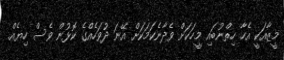
މީޒާއަކީ އެހާ ހިތްނުބައި މީހަކަށް ވެދާނެކަމަކަށް އޭނަ ދުވަހެއްގެ ކޮޅުން ވެސް ހިޔެއް